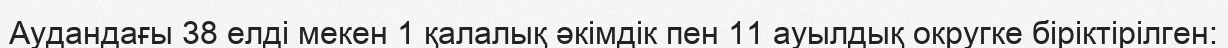
Аудандағы 38 елді мекен 1 қалалық әкімдік пен 11 ауылдық округке біріктірілген: